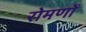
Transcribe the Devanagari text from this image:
रोमणों